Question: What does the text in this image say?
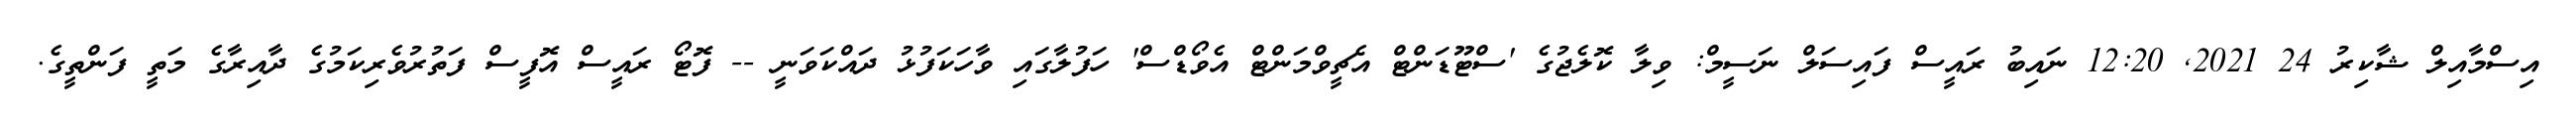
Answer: އިސްމާއިލް ޝާކިރު 24 2021, 12:20 ނައިބު ރައީސް ފައިސަލް ނަސީމް: ވިލާ ކޮލެޖުގެ 'ސްޓޫޑަންޓް އެޗީވްމަންޓް އެވޯޑްސް' ހަފުލާގައި ވާހަކަފުޅު ދައްކަވަނީ -- ފޮޓޯ ރައީސް އޮފީސް ފަތުރުވެރިކަމުގެ ދާއިރާގެ މަތީ ފަންތީގެ.